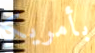
بأمريكا